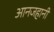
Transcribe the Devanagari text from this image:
आनजहानी